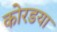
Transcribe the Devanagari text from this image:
कोरडया